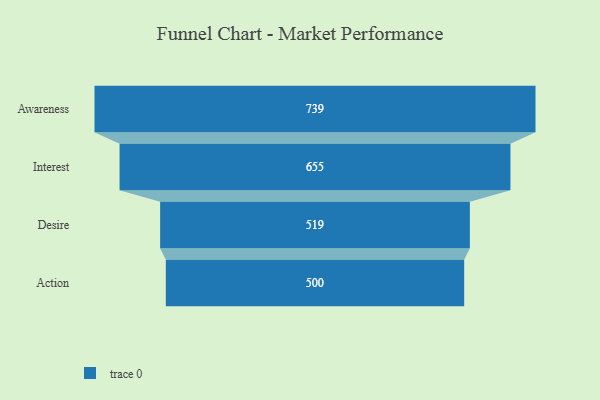
{"axis": {"x": "Stage", "y": "Value"}, "legend": [""], "data": [{"x": "Awareness", "y": 739.0, "type": ""}, {"x": "Interest", "y": 655.0, "type": ""}, {"x": "Desire", "y": 519.0, "type": ""}, {"x": "Action", "y": 500, "type": ""}]}